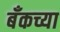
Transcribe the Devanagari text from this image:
बँकच्या